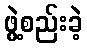
ဖွဲ့စည်းခဲ့